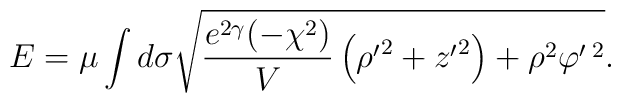
E=\mu\int d\sigma \sqrt{\frac{e^{2 \gamma}(- \chi^2)}{V}\left({\rho^\prime}^2+{z^\prime}^2 \right)+\rho^2 \varphi^{\prime \; 2}}.